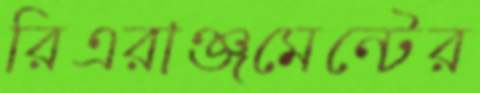
রিএরাঞ্জমেন্টের